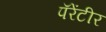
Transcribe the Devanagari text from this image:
पॅरेंटीर